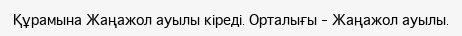
Құрамына Жаңажол ауылы кіреді. Орталығы – Жаңажол ауылы.